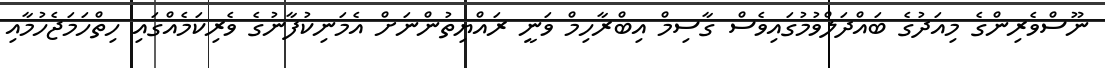
ނޫސްވެރިންގެ މިއަދުގެ ބައްދަލްވުމުގައިވެސް ގާސިމް އިބްރާހިމް ވަނީ ރައްޔިތުންނަށް އެމަނިކުފާނުގެ ވެރިކަމެއްގައި ހިތްހަމަޖެހުމާއި